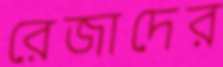
রেজাদের